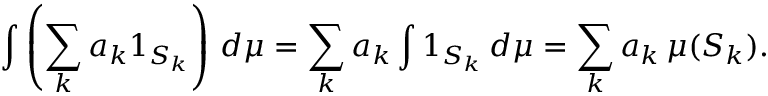
\int \left( \sum _ { k } a _ { k } 1 _ { S _ { k } } \right) \, d \mu = \sum _ { k } a _ { k } \int 1 _ { S _ { k } } \, d \mu = \sum _ { k } a _ { k } \, \mu ( S _ { k } ) .